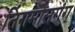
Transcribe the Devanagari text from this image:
तिंगमोसगंग